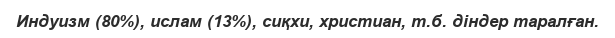
Индуизм (80%), ислам (13%), сиқхи, христиан, т.б. діндер таралған.